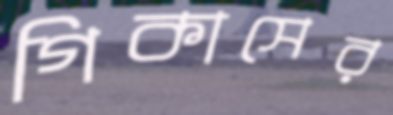
গিকাসের